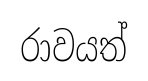
රාවයත්